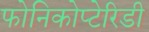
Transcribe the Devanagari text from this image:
फोनिकोप्टेरिडी